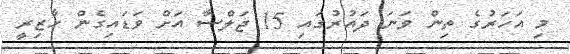
މި އަހަރުގެ ތިން ވަނަ ދައުރުގައި 15 ޖަލްސާ އަށް ވަޑައިގެން ހާޒިރީ